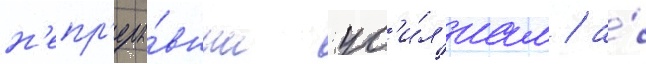
н'епр'еры́вным ус'и́л'иам / а́